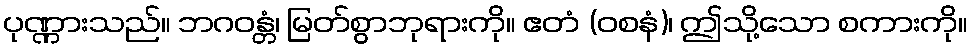
ပုဏ္ဏားသည်။ ဘဂဝန္တံ၊ မြတ်စွာဘုရားကို။ ဧတံ (ဝစနံ)၊ ဤသို့သော စကားကို။